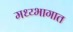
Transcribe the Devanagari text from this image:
मध्य्भागात